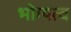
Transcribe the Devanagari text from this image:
भोग्यत्व